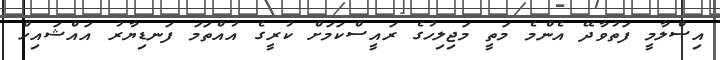
އިސްލާމީ ފަތުވާދޭ އެންމެ މަތީ މަޖިލިހުގެ ރައީސްކަމަށް ކުރީގެ އުއްތަމަ ފަނޑިޔާރު އައްޝައިހް